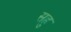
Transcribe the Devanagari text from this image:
सहु